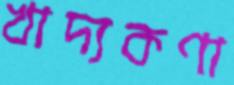
খাদ্যকণা